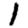
Digit: 1